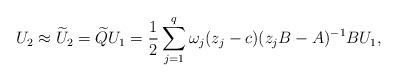
LaTeX: \begin{align*}U_2\approx \widetilde{U}_2 = \widetilde{Q}U_1= \frac{1}{2} \sum^{q}_{j=1}\omega_j(z_j-c)(z_j B- A)^{-1} BU_1,\end{align*}